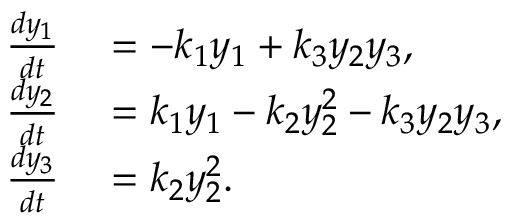
\begin{array} { r l } { \frac { d y _ { 1 } } { d t } } & { { } = - k _ { 1 } y _ { 1 } + k _ { 3 } y _ { 2 } y _ { 3 } , } \\ { \frac { d y _ { 2 } } { d t } } & { { } = k _ { 1 } y _ { 1 } - k _ { 2 } y _ { 2 } ^ { 2 } - k _ { 3 } y _ { 2 } y _ { 3 } , } \\ { \frac { d y _ { 3 } } { d t } } & { { } = k _ { 2 } y _ { 2 } ^ { 2 } . } \end{array}